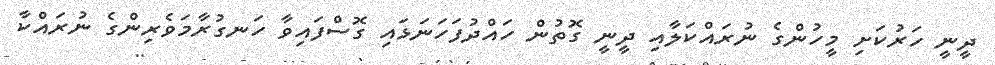
ދީނީ ހަރުކަށި މީހުންގެ ނުރައްކަލާއި ދީނީ ގޮތުން ހައްދުފަހަނަޅައި ގޮސްފައިވާ ހަނގުރާމަވެރިންގެ ނުރައްކާ